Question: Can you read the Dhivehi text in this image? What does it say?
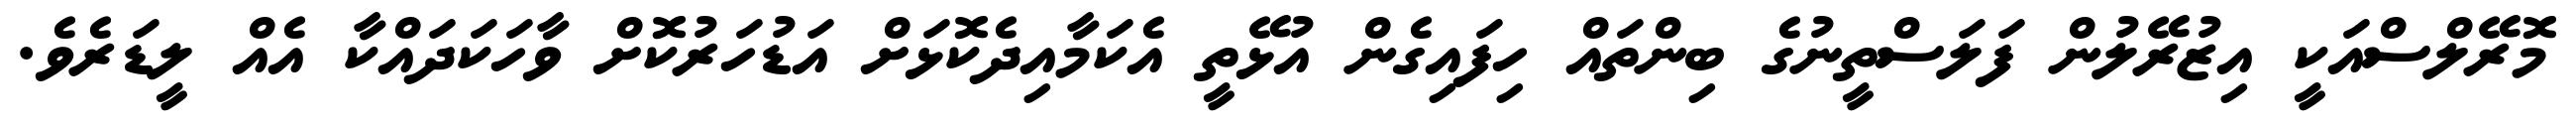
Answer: މޮރޭލްސްއަކީ އިޒުރޭލުން ފަލަސްތީނުގެ ބިންތައް ހިފައިގެން އުޅޭތީ އެކަމާއިދެކޮޅަށް އަޑުހަރުކޮށް ވާހަކަދައްކާ އެއް ލީޑަރެވެ.